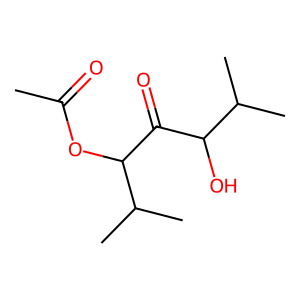
SMILES: CC(=O)OC(C(=O)C(O)C(C)C)C(C)C
Inhibits HIV replication: No